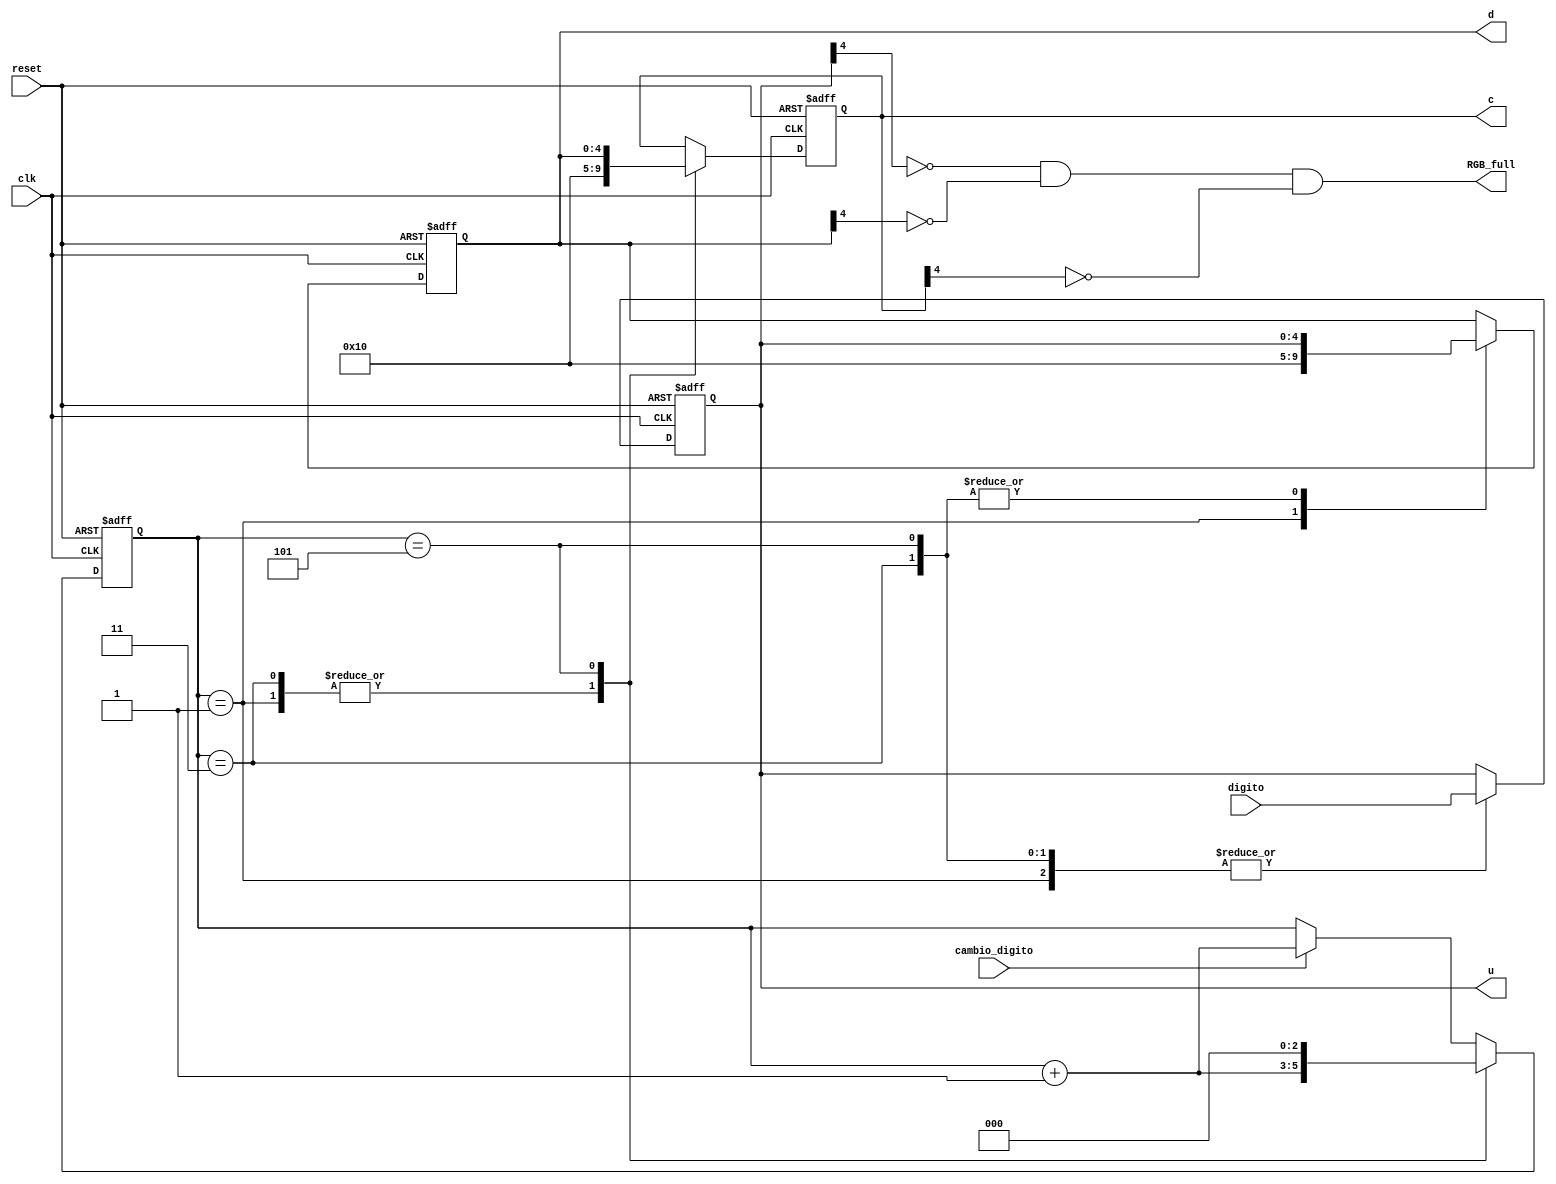

//Recibe los digitos ingresados por teclado y los junta en un numero de 3 digitos
module Memoria_RGB(
	input clk,
	input reset,	//reset por bajo
	input [4:0] digito,
	input cambio_digito,
	output reg [4:0] u = 5'd16,
	output reg [4:0] d = 5'd16,
	output reg [4:0] c = 5'd16,
	output RGB_full
);
reg [2:0] sel = 3'd0;

always @(posedge clk, negedge reset) begin
	if( !reset )	begin
		sel <= 0;
		u <= 5'd16;
		d <= 5'd16;
		c <= 5'd16;
	end
	else begin
	//sel aumenta cada pulso de clk
	//cada vez q se desplazan los valores u,d,c tienen q mantenerse hasta q vuelva a apretarse un boton
		case(sel)
			3'b001: begin 	
						u <= digito;
						d <= 5'd16;
						c <= 5'd16;
						sel <= sel + 3'd1;	
					end
			3'b011: begin 
						u <= digito;
						d <= u;
						c <= 5'd16;
						sel <= sel + 3'd1;		
					end
			3'b101: begin 
						u <= digito;
						d <= u;
						c <= d;
						sel <= 3'd0;		//reseteo
					end
			default: begin
						u <= u;
						d <= d;
						c <= c;
						if(cambio_digito)
							sel <= sel + 3'd1;
						end
		endcase
	end

end

assign RGB_full = (~u[4]) & (~d[4]) & (~c[4]); 	//es 1 cuando ninguno es 5'h10 = 5'b10000 (los MSB son 0)

endmodule